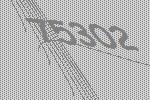
75302